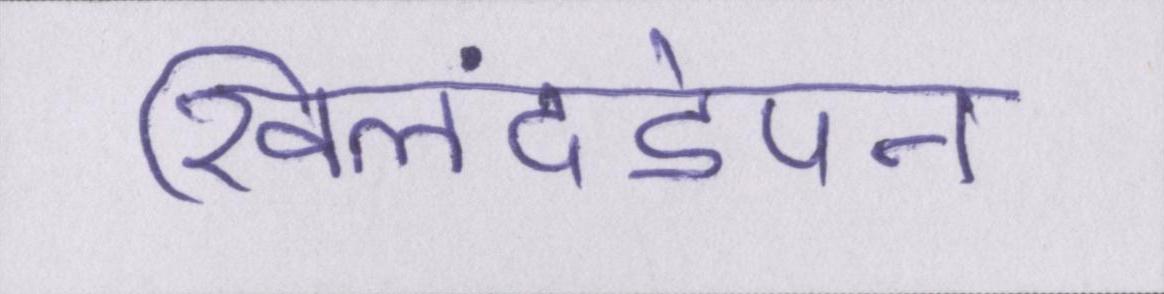
खिलंदड़ेपन